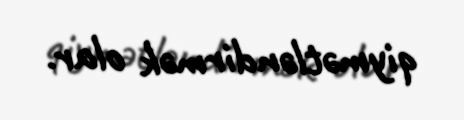
qiymətləndirmək olar.